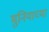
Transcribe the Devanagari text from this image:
मुनियाच्या